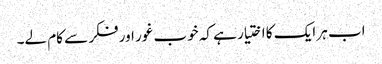
اب ہر ایک کا اختیار ہے کہ خوب غور اور فکر سے کام لے۔